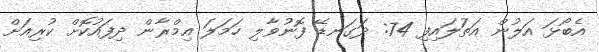
އެބޯޅަ އަލުން އަތުަލައިފި 74: ދަގަނޑޭ ފޮނުވާލި ހަމަލަ އިމްރާން ދިފައުކޮށް ކުރިއަށް